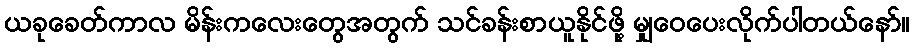
ယခုခေတ်ကာလ မိန်းကလေးတွေအတွက် သင်ခန်းစာယူနိုင်ဖို့ မျှဝေပေးလိုက်ပါတယ်နော်။